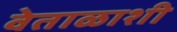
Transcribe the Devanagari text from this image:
वेताळाशी